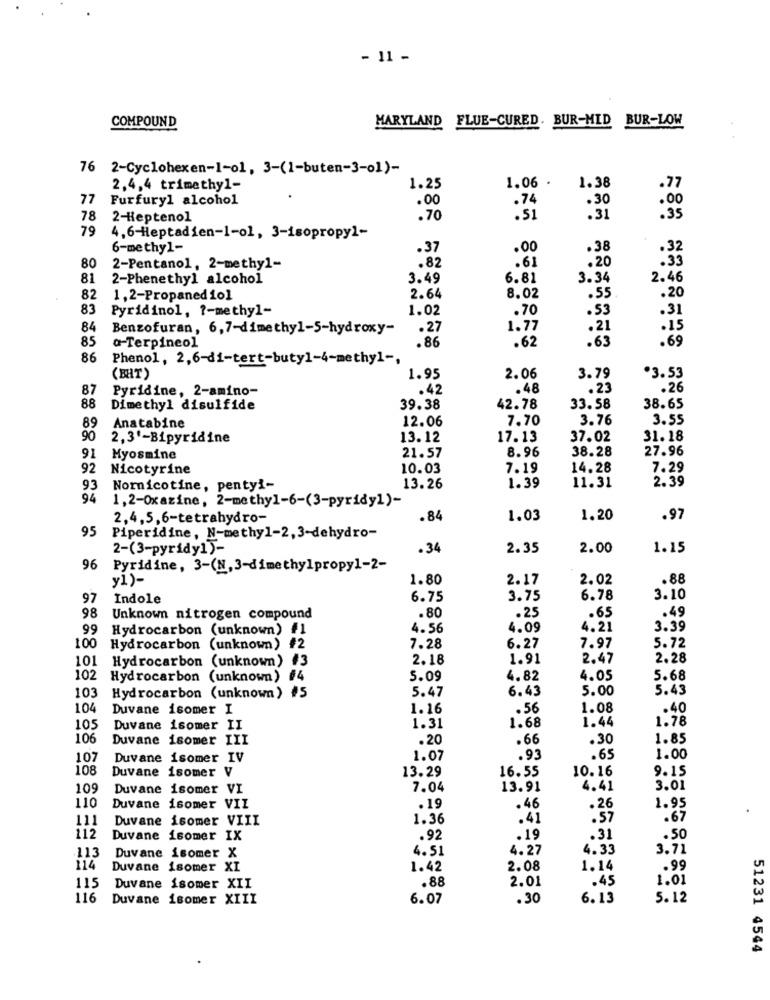
- 11 -
COMPOUND
MARYLAND FLUE-CURED. BUR-MID BUR-LOW
76 2-Cyclohexen-1-01, 3-(1-buten-3-01)-
1.06 .
1.38
2,4,4 trimethyl-
1.25
. 77
77
Furfuryl alcohol
.00
.74
.30
.00
78
2-Heptenol
.70
.51
.31
79
4,6-Heptadien-1-o1, 3-isopropyl-
6-methyl-
.37
.00
.38
.32
.82
.61
.20
80
2-Pentanol, 2-methyl-
.33
81
2-Phenethyl alcohol
3.49
6.81
3.34
2.46
82
1,2-Propaned 10]
2.64
8.02
.55
.20
83
Pyridinol, ?- methyl-
1.02
.70
.53
.31
84
Benzofuran, 6,7-dimethyl-5-hydroxy-
.27
1.77
.21
.15
85
.86
.62
.63
.69
a-Terpineol
86
Phenol, 2,6-di-tert-buty1-4-methyl -,
(BHT)
1.95
2.06
3.79
*3.53
87
Pyridine, 2-amino-
.42
.48
.23
.26
88
Dimethyl disulfide
39.38
42.78
33.58
38.65
12.06
7.70
3.76
3.55
89
Anatabine
90
2,3'-Bipyridine
13.12
17.13
37.02
31.18
21.57
8.96
38.28
27.96
91
Myosmine
92
Nicotyrine
10.03
7.19
14.28
7.29
11.31
2.39
93
Nornicotine, pentyi-
13.26
1.39
94
1,2-Oxazine, 2-methyl-6-(3-pyridy1)-
2,4,5,6-tetrahydro-
.84
1.03
1.20
.97
95
Piperidine, N-methyl-2, 3-dehydro-
2-(3-pyridy1)-
.34
2.35
2.00
1.15
96
Pyridine, 3-(N, 3-dimethylpropy1-2-
v1)-
1.80
2.17
2.02
.88
97
Indole
6.75
3.75
6.78
3.10
.49
98 Unknown nitrogen compound
.80
.25
.65
99 Hydrocarbon (unknown) #1
4.56
4.09
4.21
3.39
100 Hydrocarbon (unknown) #2
7.28
6.27
7.97
5.72
101 Hydrocarbon (unknown) #3
2.18
1.91
2.47
2.28
102 Hydrocarbon (unknown) #4
5.09
4.82
4.05
5.68
5.47
6.43
5.00
5.43
103 Hydrocarbon (unknown) #5
104
Duvane isomer I
1.16
.56
1.08
.40
1.44
1.78
105
Duvane isomer II
1.31
1.68
106
Duvane isomer III
.20
.66
.30
1.85
107
Duvane isomer IV
1.07
.93
.65
1.00
108
Duvane isomer V
13.29
16.55
10.16
9.15
109
Duvane isomer VI
7.04
13.91
4.41
3.01
110
Duvane isomer VII
.19
.46
.26
1.95
111
Duvane isomer VIII
1.36
.41
.57
.67
112
Duvane isomer IX
.92
.19
.31
.50
113
4.51
4.27
4.33
3.71
Duvane isomer X
114
Duvane isomer XI
1.42
2.08
1.14
.99
115
2.01
.45
1.01
Duvane isomer XII
.88
116
Duvane isomer XIII
6.07
.30
6.13
5.12
51231 4544